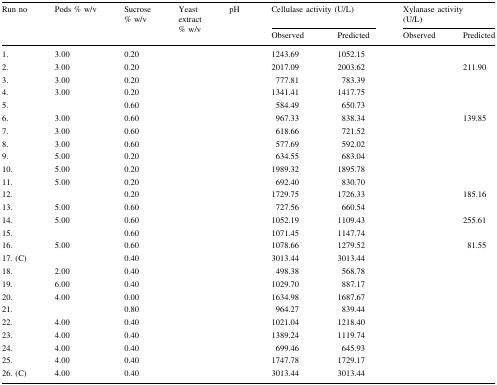
<table><thead><tr><td rowspan="2"><b>Run no</b></td><td rowspan="2"><b>Pods % w/v</b></td><td rowspan="2"><b>Sucrose % w/v</b></td><td rowspan="2"><b>Yeast extract % w/v</b></td><td rowspan="2"><b>pH</b></td><td colspan="2"><b>Cellulase activity (U/L)</b></td><td colspan="2"><b>Xylanase activity(U/L)</b></td></tr><tr><td><b>Observed</b></td><td><b>Predicted</b></td><td><b>Observed</b></td><td><b>Predicted</b></td></tr></thead><tbody><tr><td>1.</td><td>3.00</td><td>0.20</td><td>[EMPTY_CELL]</td><td>[EMPTY_CELL]</td><td>1243.69</td><td>1052.15</td><td>[EMPTY_CELL]</td><td>[EMPTY_CELL]</td></tr><tr><td>2.</td><td>3.00</td><td>0.20</td><td>[EMPTY_CELL]</td><td>[EMPTY_CELL]</td><td>2017.09</td><td>2003.62</td><td>[EMPTY_CELL]</td><td>211.90</td></tr><tr><td>3.</td><td>3.00</td><td>0.20</td><td>[EMPTY_CELL]</td><td>[EMPTY_CELL]</td><td>777.81</td><td>783.39</td><td>[EMPTY_CELL]</td><td>[EMPTY_CELL]</td></tr><tr><td>4.</td><td>3.00</td><td>0.20</td><td>[EMPTY_CELL]</td><td>[EMPTY_CELL]</td><td>1341.41</td><td>1417.75</td><td>[EMPTY_CELL]</td><td>[EMPTY_CELL]</td></tr><tr><td>5.</td><td>[EMPTY_CELL]</td><td>0.60</td><td>[EMPTY_CELL]</td><td>[EMPTY_CELL]</td><td>584.49</td><td>650.73</td><td>[EMPTY_CELL]</td><td>[EMPTY_CELL]</td></tr><tr><td>6.</td><td>3.00</td><td>0.60</td><td>[EMPTY_CELL]</td><td>[EMPTY_CELL]</td><td>967.33</td><td>838.34</td><td>[EMPTY_CELL]</td><td>139.85</td></tr><tr><td>7.</td><td>3.00</td><td>0.60</td><td>[EMPTY_CELL]</td><td>[EMPTY_CELL]</td><td>618.66</td><td>721.52</td><td>[EMPTY_CELL]</td><td>[EMPTY_CELL]</td></tr><tr><td>8.</td><td>3.00</td><td>0.60</td><td>[EMPTY_CELL]</td><td>[EMPTY_CELL]</td><td>577.69</td><td>592.02</td><td>[EMPTY_CELL]</td><td>[EMPTY_CELL]</td></tr><tr><td>9.</td><td>5.00</td><td>0.20</td><td>[EMPTY_CELL]</td><td>[EMPTY_CELL]</td><td>634.55</td><td>683.04</td><td>[EMPTY_CELL]</td><td>[EMPTY_CELL]</td></tr><tr><td>10.</td><td>5.00</td><td>0.20</td><td>[EMPTY_CELL]</td><td>[EMPTY_CELL]</td><td>1989.32</td><td>1895.78</td><td>[EMPTY_CELL]</td><td>[EMPTY_CELL]</td></tr><tr><td>11.</td><td>5.00</td><td>0.20</td><td>[EMPTY_CELL]</td><td>[EMPTY_CELL]</td><td>692.40</td><td>830.70</td><td>[EMPTY_CELL]</td><td>[EMPTY_CELL]</td></tr><tr><td>12.</td><td>[EMPTY_CELL]</td><td>0.20</td><td>[EMPTY_CELL]</td><td>[EMPTY_CELL]</td><td>1729.75</td><td>1726.33</td><td>[EMPTY_CELL]</td><td>185.16</td></tr><tr><td>13.</td><td>5.00</td><td>0.60</td><td>[EMPTY_CELL]</td><td>[EMPTY_CELL]</td><td>727.56</td><td>660.54</td><td>[EMPTY_CELL]</td><td>[EMPTY_CELL]</td></tr><tr><td>14.</td><td>5.00</td><td>0.60</td><td>[EMPTY_CELL]</td><td>[EMPTY_CELL]</td><td>1052.19</td><td>1109.43</td><td>[EMPTY_CELL]</td><td>255.61</td></tr><tr><td>15.</td><td>[EMPTY_CELL]</td><td>0.60</td><td>[EMPTY_CELL]</td><td>[EMPTY_CELL]</td><td>1071.45</td><td>1147.74</td><td>[EMPTY_CELL]</td><td>[EMPTY_CELL]</td></tr><tr><td>16.</td><td>5.00</td><td>0.60</td><td>[EMPTY_CELL]</td><td>[EMPTY_CELL]</td><td>1078.66</td><td>1279.52</td><td>[EMPTY_CELL]</td><td>81.55</td></tr><tr><td>17. (C)</td><td>[EMPTY_CELL]</td><td>0.40</td><td>[EMPTY_CELL]</td><td>[EMPTY_CELL]</td><td>3013.44</td><td>3013.44</td><td>[EMPTY_CELL]</td><td>[EMPTY_CELL]</td></tr><tr><td>18.</td><td>2.00</td><td>0.40</td><td>[EMPTY_CELL]</td><td>[EMPTY_CELL]</td><td>498.38</td><td>568.78</td><td>[EMPTY_CELL]</td><td>[EMPTY_CELL]</td></tr><tr><td>19.</td><td>6.00</td><td>0.40</td><td>[EMPTY_CELL]</td><td>[EMPTY_CELL]</td><td>1029.70</td><td>887.17</td><td>[EMPTY_CELL]</td><td>[EMPTY_CELL]</td></tr><tr><td>20.</td><td>4.00</td><td>0.00</td><td>[EMPTY_CELL]</td><td>[EMPTY_CELL]</td><td>1634.98</td><td>1687.67</td><td>[EMPTY_CELL]</td><td>[EMPTY_CELL]</td></tr><tr><td>21.</td><td>[EMPTY_CELL]</td><td>0.80</td><td>[EMPTY_CELL]</td><td>[EMPTY_CELL]</td><td>964.27</td><td>839.44</td><td>[EMPTY_CELL]</td><td>[EMPTY_CELL]</td></tr><tr><td>22.</td><td>4.00</td><td>0.40</td><td>[EMPTY_CELL]</td><td>[EMPTY_CELL]</td><td>1021.04</td><td>1218.40</td><td>[EMPTY_CELL]</td><td>[EMPTY_CELL]</td></tr><tr><td>23.</td><td>4.00</td><td>0.40</td><td>[EMPTY_CELL]</td><td>[EMPTY_CELL]</td><td>1389.24</td><td>1119.74</td><td>[EMPTY_CELL]</td><td>[EMPTY_CELL]</td></tr><tr><td>24.</td><td>4.00</td><td>0.40</td><td>[EMPTY_CELL]</td><td>[EMPTY_CELL]</td><td>699.46</td><td>645.93</td><td>[EMPTY_CELL]</td><td>[EMPTY_CELL]</td></tr><tr><td>25.</td><td>4.00</td><td>0.40</td><td>[EMPTY_CELL]</td><td>[EMPTY_CELL]</td><td>1747.78</td><td>1729.17</td><td>[EMPTY_CELL]</td><td>[EMPTY_CELL]</td></tr><tr><td>26. (C)</td><td>4.00</td><td>0.40</td><td>[EMPTY_CELL]</td><td>[EMPTY_CELL]</td><td>3013.44</td><td>3013.44</td><td>[EMPTY_CELL]</td><td>[EMPTY_CELL]</td></tr></tbody></table>